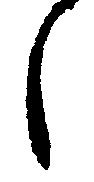
之